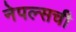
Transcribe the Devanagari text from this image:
नेपल्सची